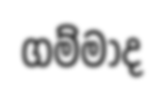
ගම්මාද